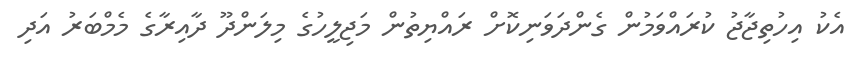
އެކު އިހުތިޖާޖު ކުރައްވަމުން ގެންދަވަނިކޮށް ރައްޔިތުން މަޖިލީހުގެ މިލަންދޫ ދާއިރާގެ މެމްބަރު އަދި